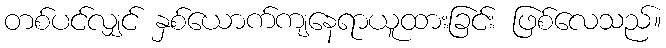
တစ်ပင်လျှင် နှစ်ယောက်ကျနေရာယူထားခြင်း ဖြစ်လေသည်။